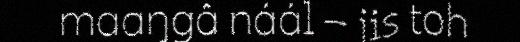
maaŋgâ náál – jis toh